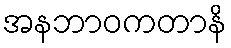
အနဘာဝကတာနိ